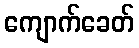
ကျောက်ခေတ်